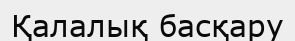
Қалалық басқару